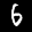
Label: 6